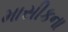
માસીકના